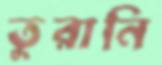
তুরানি